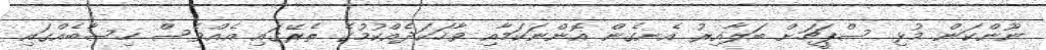
ނޫންކަން މުޅި ސްޕީޗަށް ބަލާއިރު އެނގެން އޮންނަކަމާއި ވާހަކަދެއްކުމުގެ ތެރޭގައި އެއްވެސް ހިސާބެއްގައި